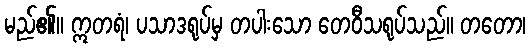
မည်၏။ ဣတရံ၊ ပသာဒရုပ်မှ တပါးသော တေဝီသရုပ်သည်။ တတော၊